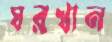
ঘরখান